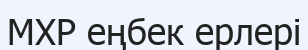
МХР еңбек ерлері